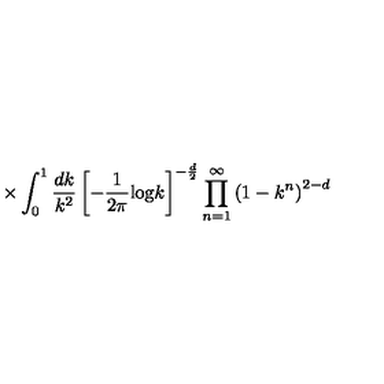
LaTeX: \times \int _ { 0 } ^ { 1 } \frac { d k } { k ^ { 2 } } \left[ - \frac { 1 } { 2 \pi } \mathrm { l o g } k \right] ^ { - \frac { d } { 2 } } \prod _ { n = 1 } ^ { \infty } \left( 1 - k ^ { n } \right) ^ { 2 - d }